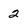
Character: 2